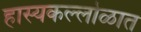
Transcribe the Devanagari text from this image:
हास्यकल्लोळात